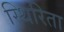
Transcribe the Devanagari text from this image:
स्थिरिता